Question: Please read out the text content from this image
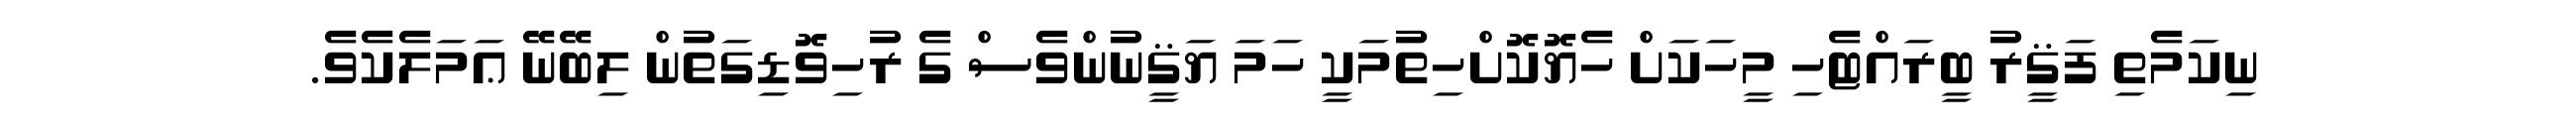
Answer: ނިކަމެތި ފަޤީރު ބީރައްޓެހި މީހަކަށް ހެޔޮކޮށްހިތުމަކީ ހަމަ ޔަޤީނުންވެސް ގެ ރުހިވޮޑިގަތުން ލިބޭނޭ ޢަމަލެކެވެ.